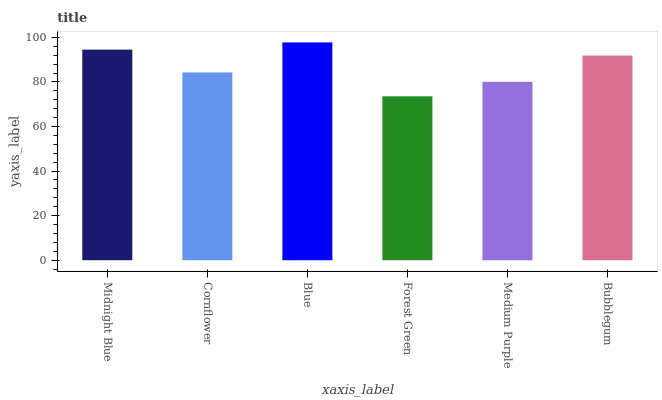
| xaxis_label | bars |
 | --- | --- |
 | Midnight Blue | 94.5 |
 | Cornflower | 84.3 |
 | Blue | 97.7 |
 | Forest Green | 73.6 |
 | Medium Purple | 80 |
 | Bubblegum | 91.8 |